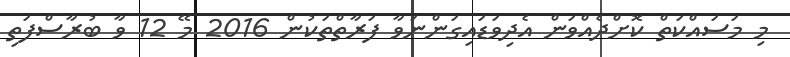
މި މަސައްކަތް ކޮށްދެއްވަން އެދިވަޑައިގަންނަވާ ފަރާތްތަކުން 2016 މޭ 12 ވާ ބުރާސްފަތި